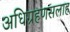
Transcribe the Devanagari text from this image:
अधिग्रहणसलाह